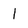
Character: I